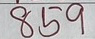
859